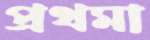
প্রথমা